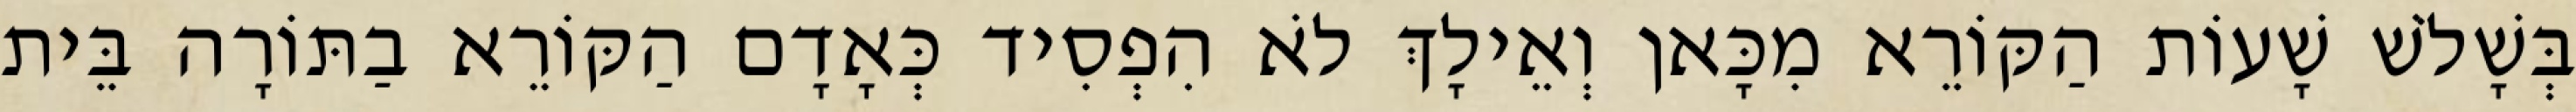
בְּשָׁלֹשׁ שָׁעוֹת הַקּוֹרֵא מִכָּאן וְאֵילָךְ לֹא הִפְסִיד כְּאָדָם הַקּוֹרֵא בַתּוֹרָה בֵּית